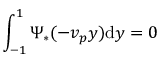
\int _ { - 1 } ^ { 1 } \Psi _ { * } ( - v _ { p } y ) \mathrm { d } y = 0